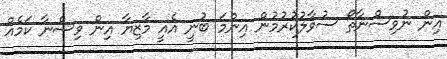
އިން ނުވިސްނާތޯ ސުވާލުކުރުމުން އިންމަ ބުނީ އެއީ މާޒިޔާ އިން ވިސްނާ ކަމެއް